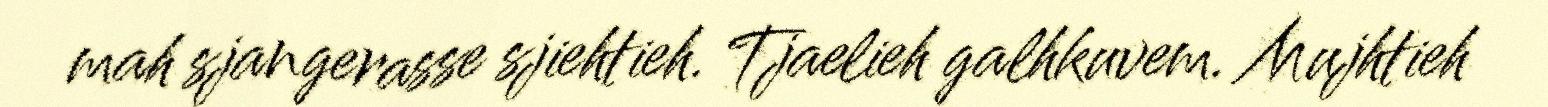
mah sjangerasse sjiehtieh. Tjaelieh galhkuvem. Mujhtieh